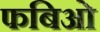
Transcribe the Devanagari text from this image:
फबिओ